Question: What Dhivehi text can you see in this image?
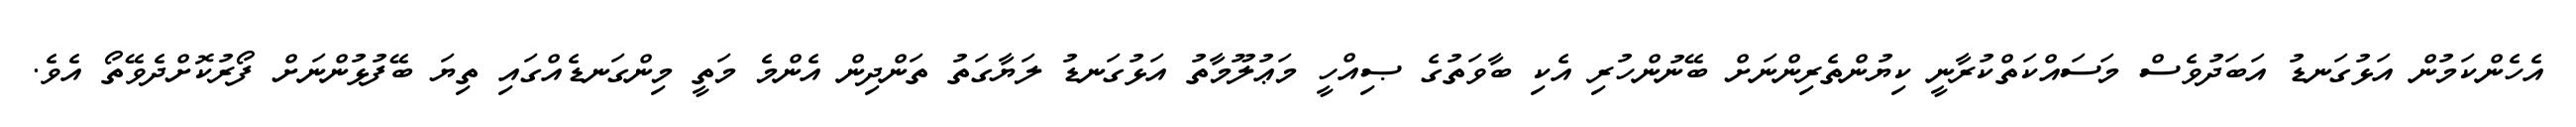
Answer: އެހެންކަމުން އަޅުގަނޑު އަބަދުވެސް މަސައްކަތްކުރާނީ ކިޔުންތެރިންނަށް ބޭނުންހުރި އެކި ބާވަތުގެ ޞިއްހީ މަޢުލޫމާތު އަޅުގަނޑު ލަޔާގަތު ތަންދިން އެންމެ މަތީ މިންގަނޑެއްގައި ތިޔަ ބޭފުޅުންނަށް ފޯރުކޮށްދެވޭތޯ އެވެ.